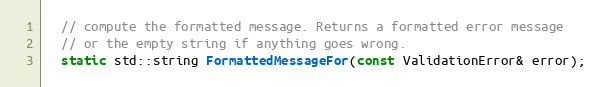
Language: C
  // compute the formatted message. Returns a formatted error message
  // or the empty string if anything goes wrong.
  static std::string FormattedMessageFor(const ValidationError& error);